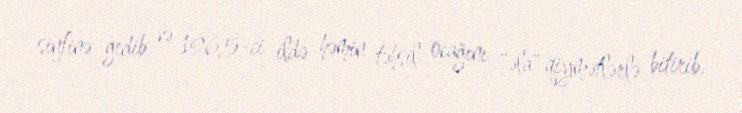
sinfinə gedib və 1965-ci ildə həmin təhsil ocağını "əla" qiymətlərlə bitirib.